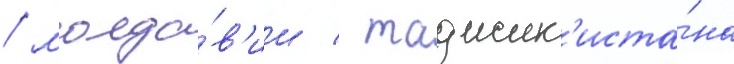
/ молда́в'ии / таджик'иста́на